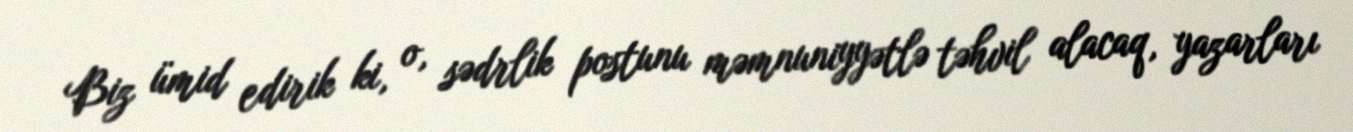
Biz ümid edirik ki, o, sədrlik postunu məmnuniyyətlə təhvil alacaq, yazarları